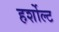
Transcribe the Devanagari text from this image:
हर्शोल्ट